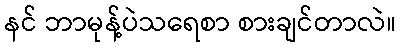
နင် ဘာမုန့်ပဲသရေစာ စားချင်တာလဲ။